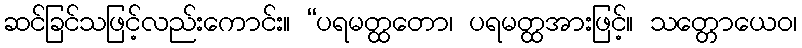
ဆင်ခြင်သဖြင့်လည်းကောင်း။ “ပရမတ္ထတော၊ ပရမတ္ထအားဖြင့်။ သတ္တောယေဝ၊